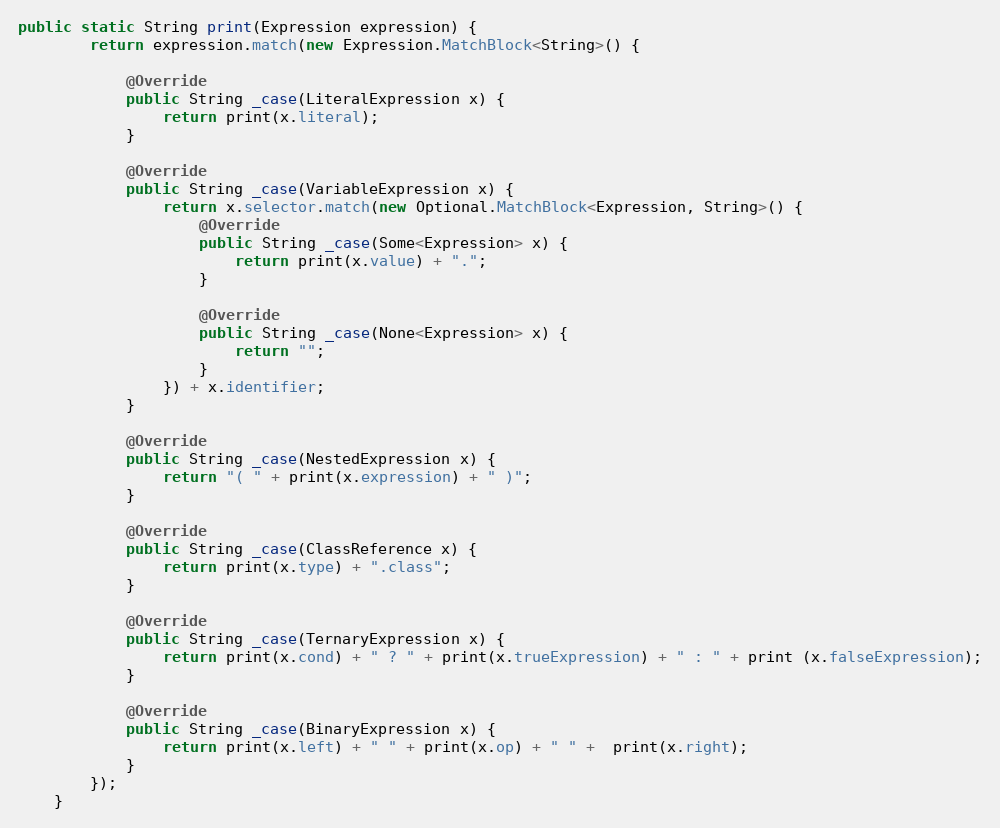
Language: Java
public static String print(Expression expression) {
        return expression.match(new Expression.MatchBlock<String>() {

            @Override
            public String _case(LiteralExpression x) {
                return print(x.literal);
            }

            @Override
            public String _case(VariableExpression x) {
                return x.selector.match(new Optional.MatchBlock<Expression, String>() {
                    @Override
                    public String _case(Some<Expression> x) {
                        return print(x.value) + ".";
                    }

                    @Override
                    public String _case(None<Expression> x) {
                        return "";
                    }
                }) + x.identifier;
            }

            @Override
            public String _case(NestedExpression x) {
                return "( " + print(x.expression) + " )";
            }

            @Override
            public String _case(ClassReference x) {
                return print(x.type) + ".class";
            }

            @Override
            public String _case(TernaryExpression x) {
                return print(x.cond) + " ? " + print(x.trueExpression) + " : " + print (x.falseExpression);
            }

            @Override
            public String _case(BinaryExpression x) {
                return print(x.left) + " " + print(x.op) + " " +  print(x.right);
            }
        });
    }